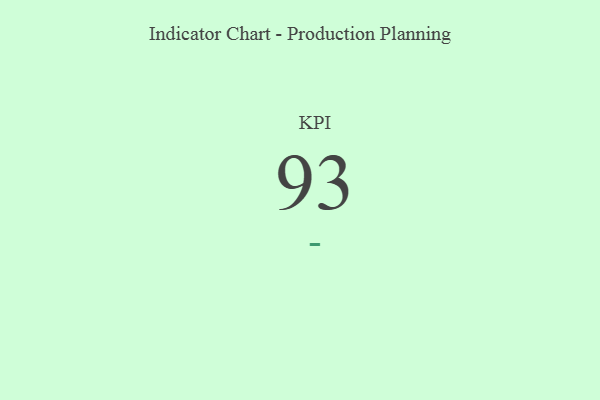
{"axis": {"x": "KPI", "y": "Value"}, "legend": [""], "data": [{"x": "KPI", "y": 93, "type": ""}]}